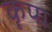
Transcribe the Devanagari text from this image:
कॄपा